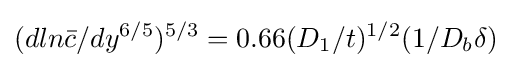
(dln{\bar {c}}/dy^{6/5})^{5/3}=0.66(D_{1}/t)^{1/2}(1/D_{b}\delta )